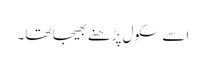
اسے سکول پڑھنے بھیجا تھا۔